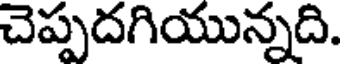
చెప్పదగియున్నది.